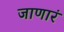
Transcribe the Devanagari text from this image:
जाणारं